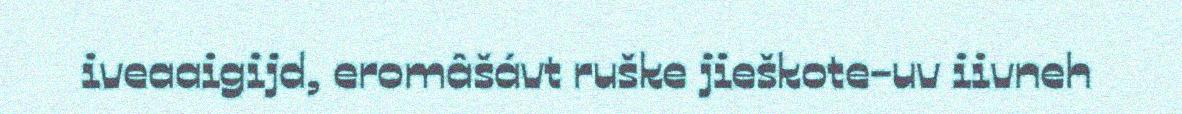
iveaaigijd, eromâšávt ruške jieškote-uv iivneh